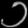
Digit: ၁